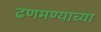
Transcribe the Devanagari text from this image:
ढणमण्याच्या